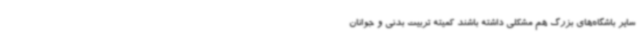
سایر باشگاه‌های بزرگ هم مشکلی داشته باشند کمیته تربیت بدنی و جوانان